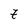
Character: 7